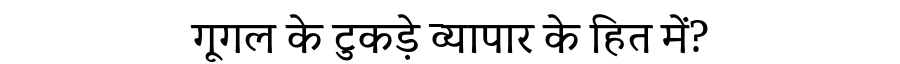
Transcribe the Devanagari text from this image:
गूगल के टुकड़े व्यापार के हित में?